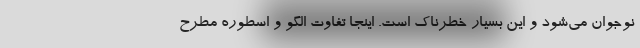
نوجوان می‌شود و این بسیار خطرناک است. اینجا تفاوت الگو و اسطوره مطرح